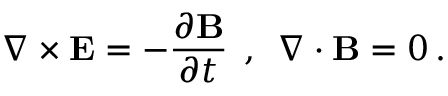
\nabla \times { \bf E } = - \frac { \partial { \bf B } } { \partial t } \, \; , \, \; \nabla \cdot { \bf B } = 0 \, .